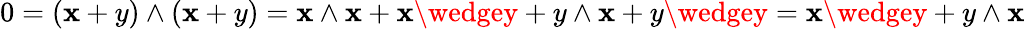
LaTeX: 0=(\mathbf{x}+y)\wedge(\mathbf{x}+y)=\mathbf{x}\wedge\mathbf{x}+\mathbf{x}\wedgey+y\wedge\mathbf{x}+y\wedgey=\mathbf{x}\wedgey+y\wedge\mathbf{x}